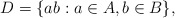
\begin{align*}D=\{ab:a\in A,b\in B\},\end{align*}